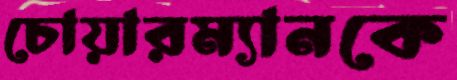
চোয়ারম্যানকে